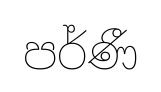
පර්ණී